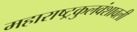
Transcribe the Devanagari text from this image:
महाराष्ट्रकुलवंशावली